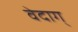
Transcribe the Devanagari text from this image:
वेदाग्